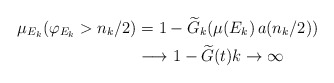
\begin{align*}\mu_{E_{k}}(\varphi_{E_{k}}>n_{k}/2) & =1-\widetilde{G}_{k}(\mu(E_{k})\,a(n_{k}/2))\\& \longrightarrow1-\widetilde{G}(t)k\rightarrow\infty\end{align*}